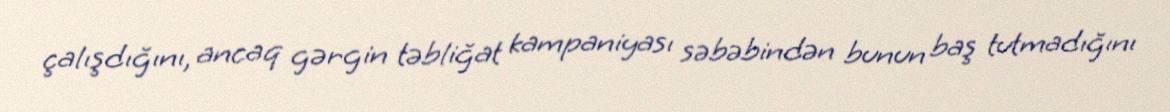
çalışdığını, ancaq gərgin təbliğat kampaniyası səbəbindən bunun baş tutmadığını